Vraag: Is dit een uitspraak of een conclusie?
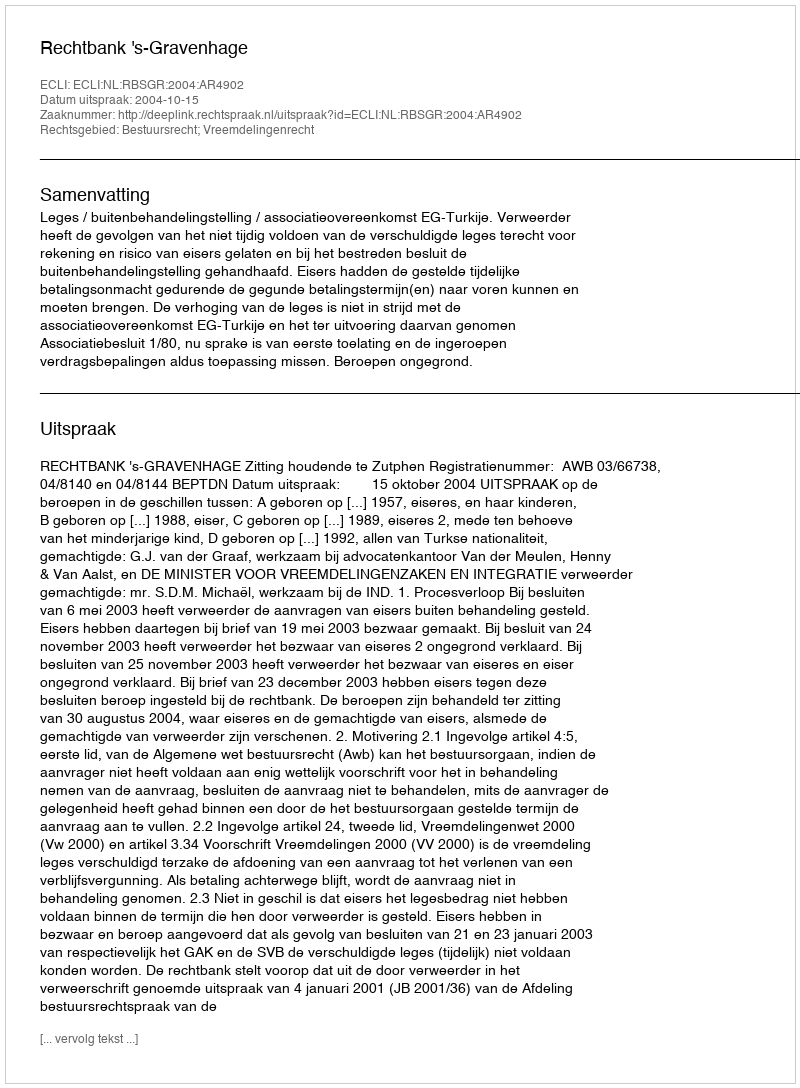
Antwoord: Uitspraak